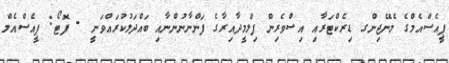
ޕީއެސްއެމްގެ މެނޭޖިންގ ޑިރެކްޓަރާއި އިސްވެރިން ފިލްމީދާއިރާގެ ފަންނާނުންނާއި ބައްދަލުކުރައްވަނީ - ފޮޓޯ: ޕީއެސްއެމް